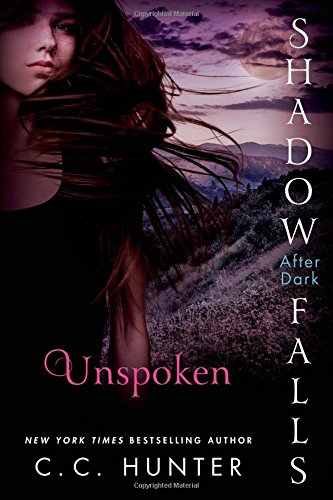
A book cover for Unspoken: Shadow Falls: After Dark; C. C. Hunter; Teen & Young Adult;